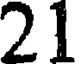
21